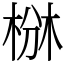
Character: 椕